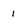
Character: 1